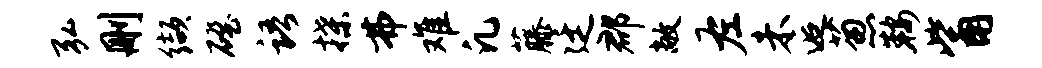
弘删缬磴语揲弗难凡藤廷郡敞左未逅葱鞍觜